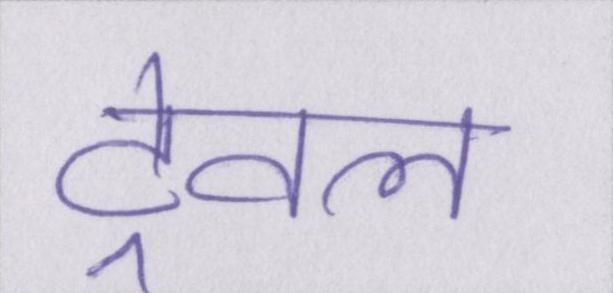
ट्रेवल